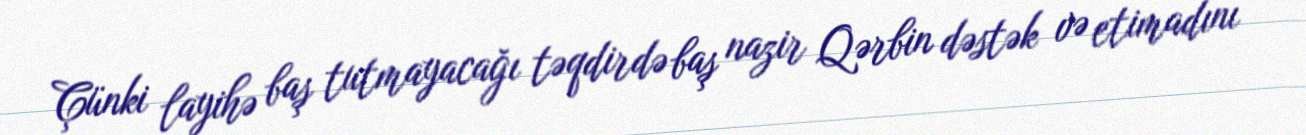
Çünki layihə baş tutmayacağı təqdirdə baş nazir Qərbin dəstək və etimadını